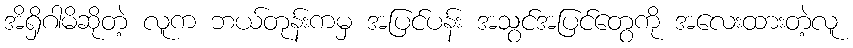
အိရှိဂါမိဆိုတဲ့ လူက ဘယ်တုန်းကမှ အပြင်ပန်း အသွင်အပြင်တွေကို အလေးထားတဲ့လူ